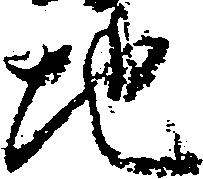
地